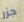
جزر